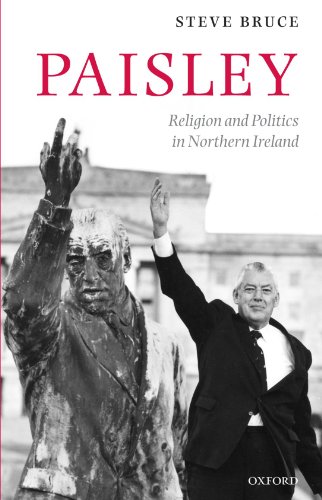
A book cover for Paisley: Religion and Politics in Northern Ireland; Steve Bruce; Biographies & Memoirs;